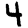
Digit: 4